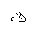
Letter: _qaf